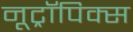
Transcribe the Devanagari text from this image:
नूट्रॉपिक्स